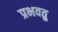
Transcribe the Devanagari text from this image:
प्रभवतु